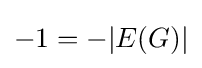
-1=-|E(G)|